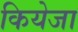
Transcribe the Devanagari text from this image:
कियेजा